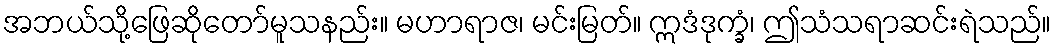
အဘယ်သို့ဖြေဆိုတော်မူသနည်း။ မဟာရာဇ၊ မင်းမြတ်။ ဣဒံဒုက္ခံ၊ ဤသံသရာဆင်းရဲသည်။